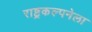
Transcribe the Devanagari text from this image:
राष्ट्रकल्पनेला